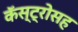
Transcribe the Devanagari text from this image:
कॅस्ट्रोसह